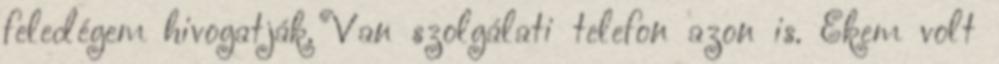
feledégem hivogatják. Van szolgálati telefon azon is. Ekem volt